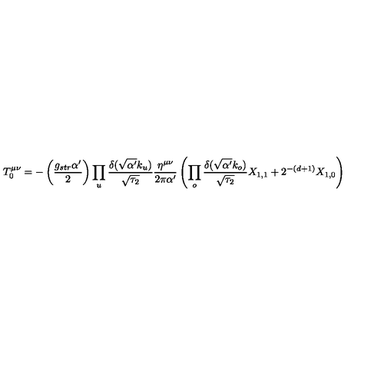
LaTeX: T _ { 0 } ^ { \mu \nu } = - \left( \frac { g _ { s t r } \alpha ^ { \prime } } { 2 } \right) \prod _ { u } \frac { \delta ( \sqrt { \alpha ^ { \prime } } k _ { u } ) } { \sqrt { \tau _ { 2 } } } \frac { \eta ^ { \mu \nu } } { 2 \pi \alpha ^ { \prime } } \left( \prod _ { o } \frac { \delta ( \sqrt { \alpha ^ { \prime } } k _ { o } ) } { \sqrt { \tau _ { 2 } } } X _ { 1 , 1 } + 2 ^ { - ( d + 1 ) } X _ { 1 , 0 } \right)